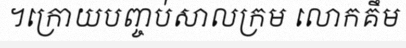
។ក្រោយបញ្ចប់សាលក្រម លោកគឹម